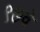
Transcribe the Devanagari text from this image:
९७वे